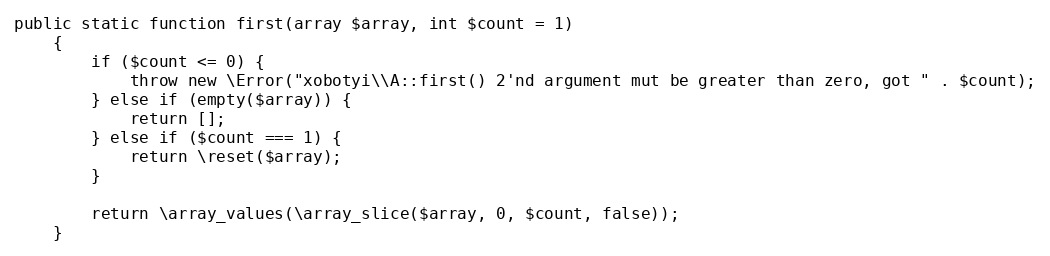
Language: PHP
public static function first(array $array, int $count = 1)
    {
        if ($count <= 0) {
            throw new \Error("xobotyi\\A::first() 2'nd argument mut be greater than zero, got " . $count);
        } else if (empty($array)) {
            return [];
        } else if ($count === 1) {
            return \reset($array);
        }

        return \array_values(\array_slice($array, 0, $count, false));
    }